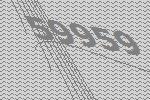
59959